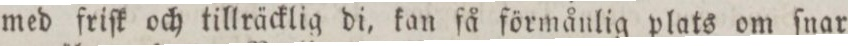
med friſk och tillräcklig di, kan få förmånlig plats om ſnar